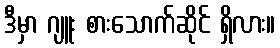
ဒီမှာ ဂျူး စားသောက်ဆိုင် ရှိလား။